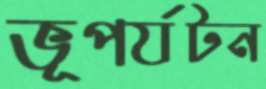
ভূপর্যটন